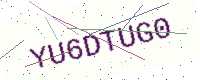
Text: YU6DTUG0